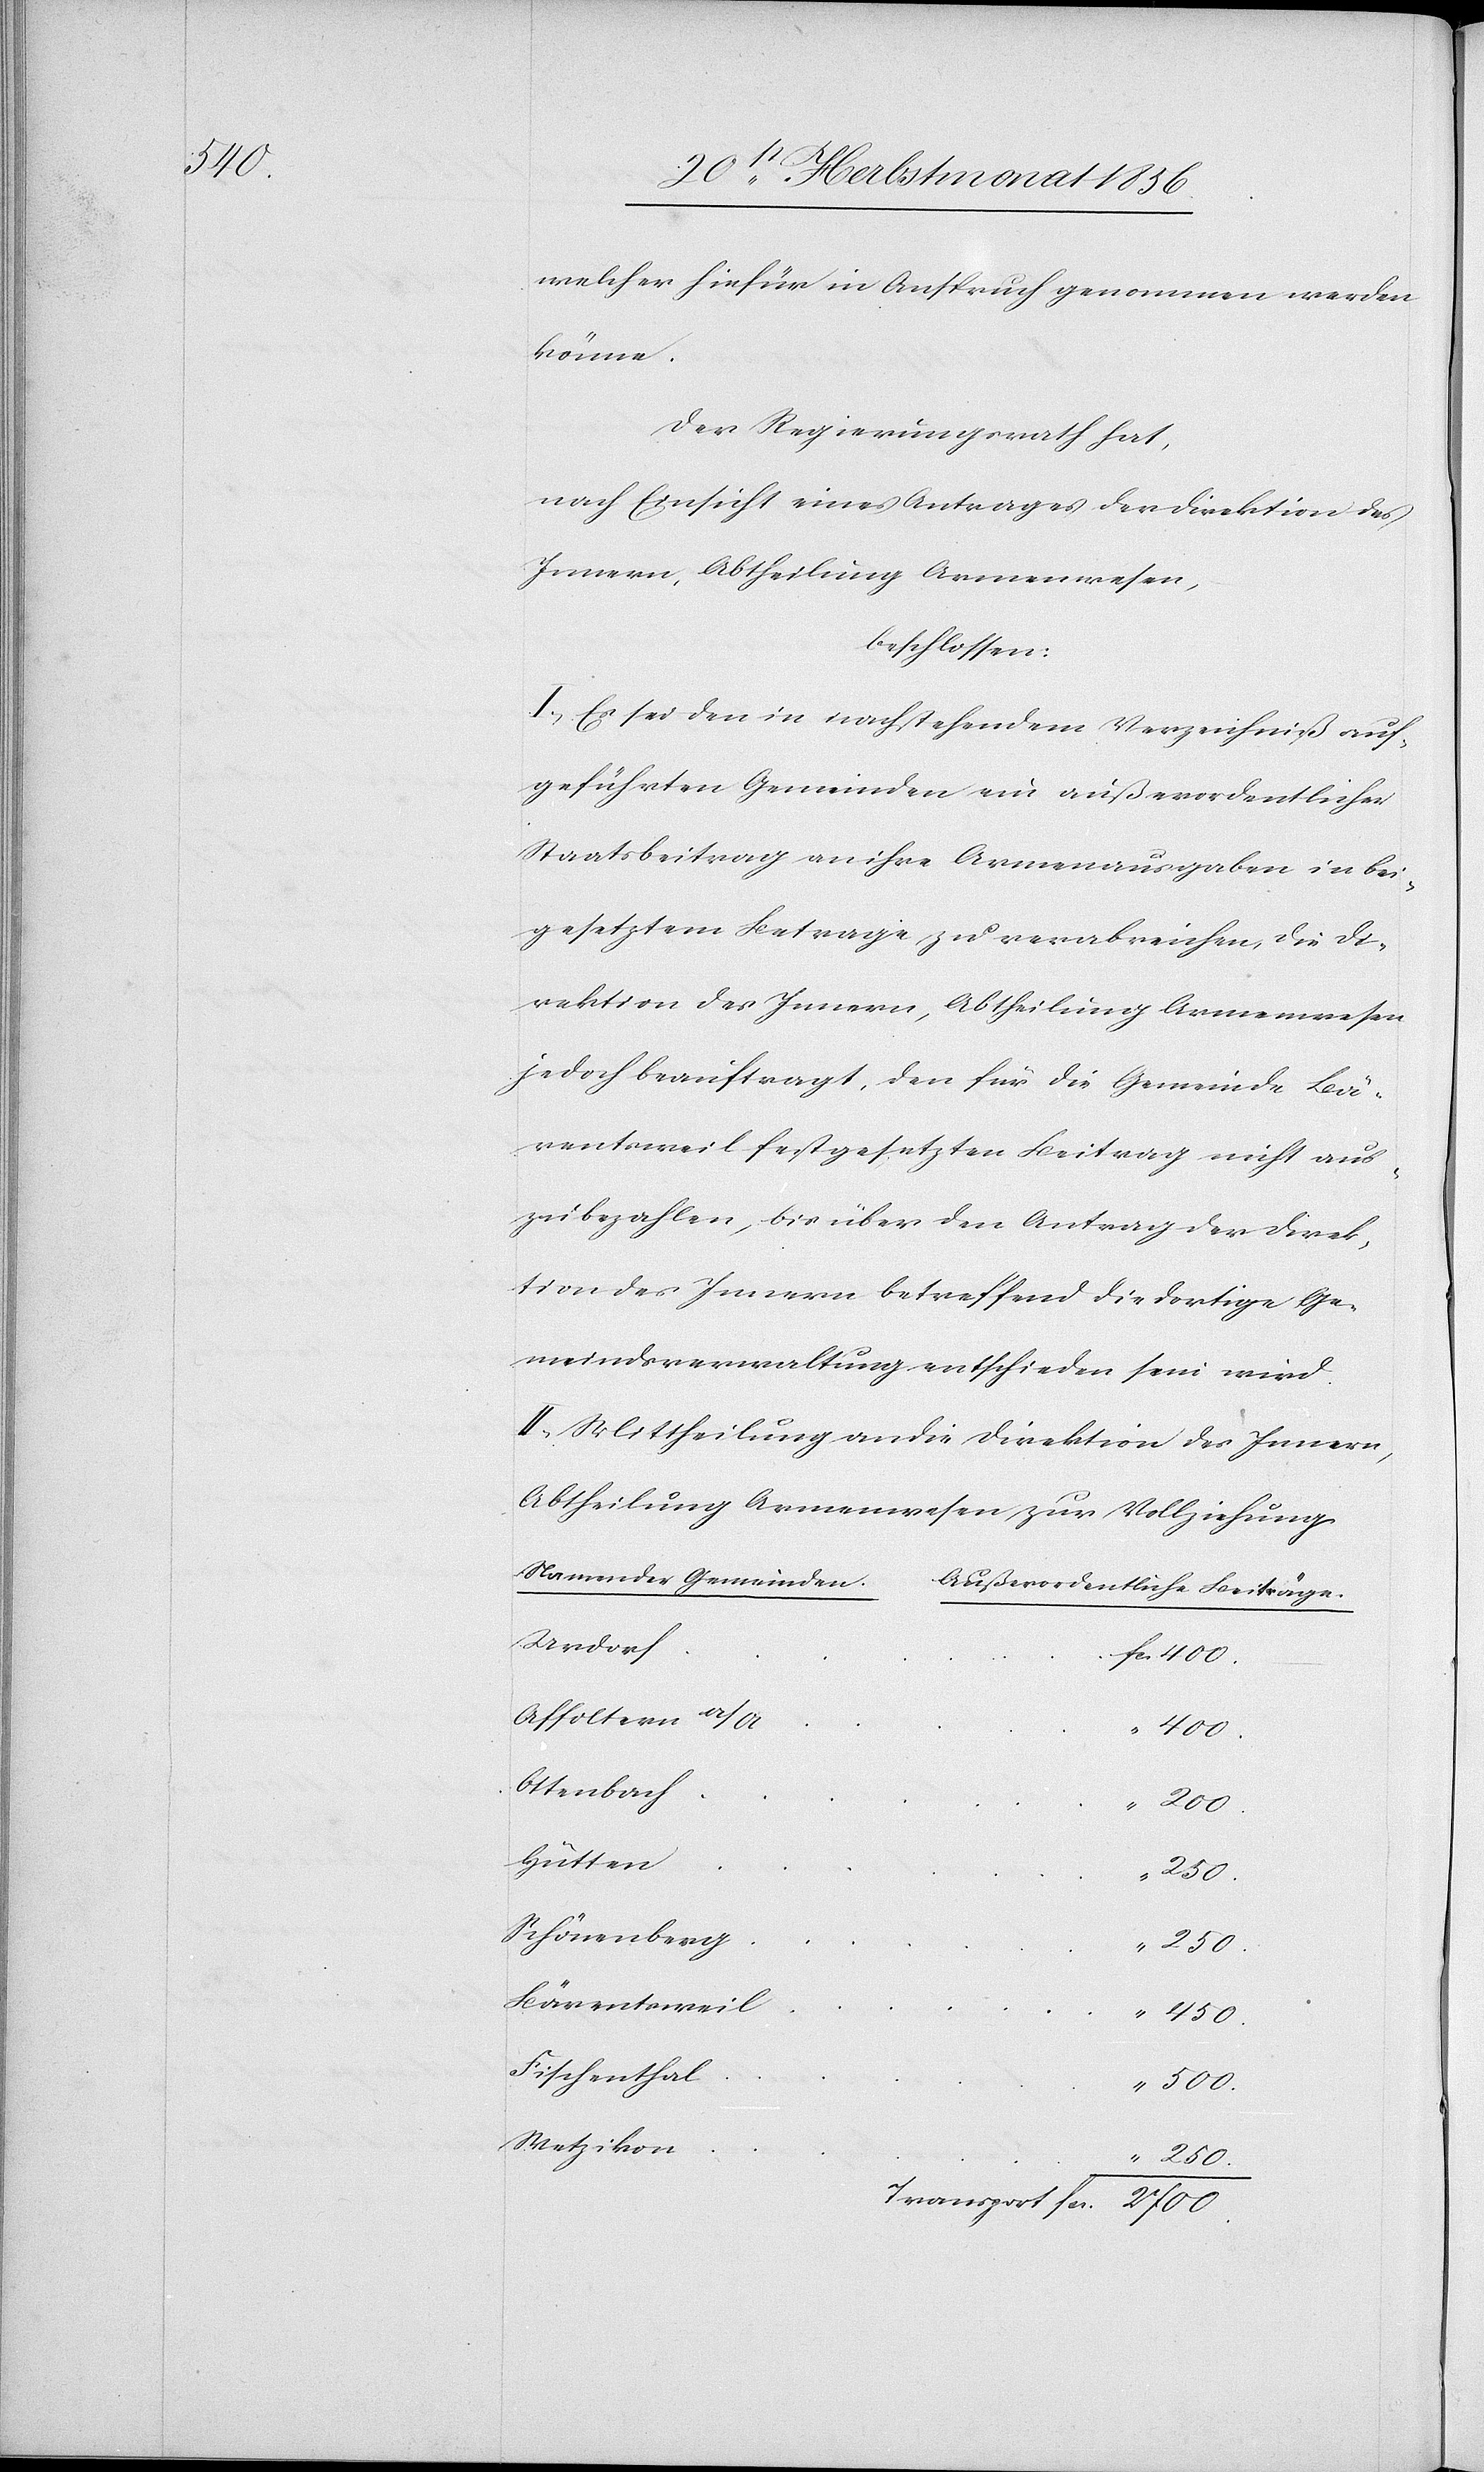
500.

welcher hiefür in Anspruch genommen werden
könne.
Der Regierungsrath hat,
nach Einsicht eines Antrages der Direktion des
Innern, Abtheilung Armenwesen,
beschlossen:
I.) Es sei den in nachstehendem Verzeichniß auf¬
geführten Gemeinden ein außerordentlicher
Staatsbeitrag an ihre Armenausgaben in bei¬
gesetztem Betrage zu verabreichen, die Di¬
rektion des Innern, Abtheilung Armenwesen
jedoch beauftragt, den für die Gemeinde Bä¬
rentsweil festgesetzten Beitrag nicht aus¬
zubezahlen, bis über den Antrag der Direk¬
tion des Innern betreffend die dortige Ge¬
meindsverwaltung entschieden sein wird.
II.) Mittheilung an die Direktion des Innern,
Abtheilung Armenwesen zur Vollziehung.
Namen der Gemeinden.
Außerordentliche Beiträge.
Urdorf
Affoltern a/A
200.
Ottenbach
Hütten
250.
Schönenberg
250.
Bärentsweil
450.
Fischenthal
Wetzikon